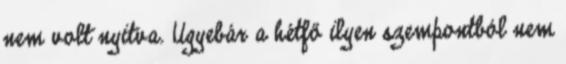
nem volt nyitva. Ugyebár a hétfő ilyen szempontból nem